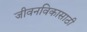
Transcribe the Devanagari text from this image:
जीवनविकासाठी